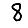
Digit: 8